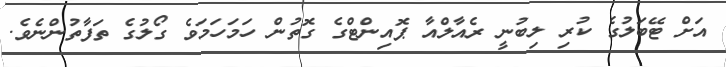
އަށް ޓޭބަލުގެ ކުރި ލިބުނީ ރެއާލްއާ ޕޮއިންޓްގެ ގޮތުން ހަމަހަމަވެ ގޯލުގެ ތަފާތުންނެވެ.